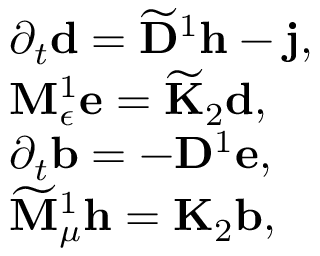
\begin{array} { r l } & { \partial _ { t } \mathbf { d } = \widetilde { \mathbf { D } } ^ { 1 } \mathbf { h } - \mathbf { j } , } \\ & { { \bf M } _ { \epsilon } ^ { 1 } \mathbf { e } = \widetilde { \bf K } _ { 2 } \mathbf { d } , } \\ & { \partial _ { t } \mathbf { b } = - \mathbf { D } ^ { 1 } \mathbf { e } , } \\ & { \widetilde { { \bf M } } _ { \mu } ^ { 1 } \mathbf { h } = \mathbf { K } _ { 2 } \mathbf { b } , } \end{array}